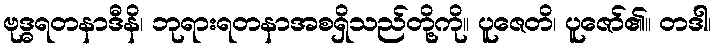
ဗုဒ္ဓရတနာဒီနိ၊ ဘုရားရတနာအစရှိသည်တို့ကို။ ပူဇေတိ၊ ပူဇော်၏။ တဒါ၊